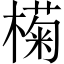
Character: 𣚭